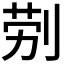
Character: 𭃪